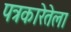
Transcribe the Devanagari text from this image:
पत्रकारेतेला